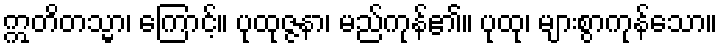
ဣတိတသ္မာ၊ ကြောင့်။ ပုထုဇ္ဇနာ၊ မည်ကုန်၏။ ပုထု၊ များစွာကုန်သော။